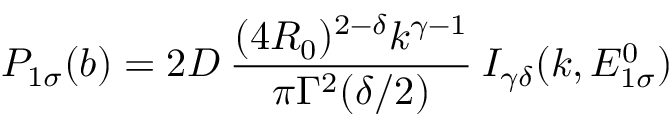
P _ { 1 \sigma } ( b ) = 2 D \: \frac { ( 4 R _ { 0 } ) ^ { 2 - \delta } k ^ { \gamma - 1 } } { \pi \Gamma ^ { 2 } ( \delta / 2 ) } \: I _ { \gamma \delta } ( k , E _ { 1 \sigma } ^ { 0 } )